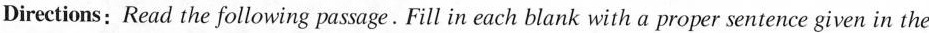
Directions; Read the following passage. Fill in each blank with a proper sentence given in the